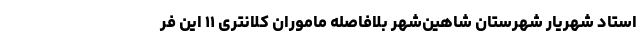
استاد شهریار شهرستان شاهین‌شهر بلافاصله ماموران کلانتری ۱۱ این فر